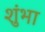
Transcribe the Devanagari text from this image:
शुंभा